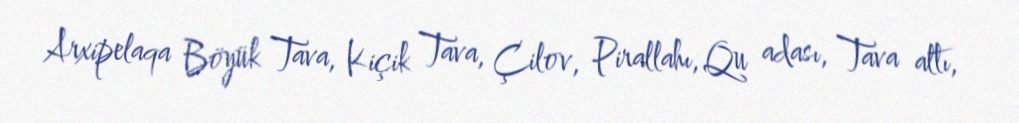
Arxipelaqa Böyük Tava, Kiçik Tava, Çilov, Pirallahı, Qu adası, Tava altı,